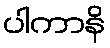
ပါကာနိ